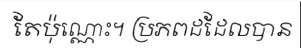
តែប៉ុណ្ណោះ។ ប្រភពដដែលបាន